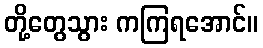
တို့တွေသွား ကကြရအောင်။